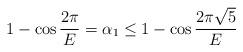
LaTeX: \begin{align*}1-\cos \frac{2\pi}{E}=\alpha_1\le 1-\cos \frac{2\pi\sqrt{5}}{E}\end{align*}